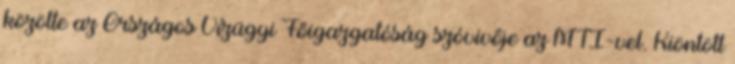
közölte az Országos Vízügyi Főigazgatóság szóvivője az MTI-vel. Kiöntött